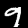
Digit: 9